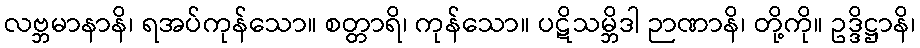
လဗ္ဘမာနာနိ၊ ရအပ်ကုန်သော။ စတ္တာရိ၊ ကုန်သော။ ပဋိသမ္ဘိဒါ ဉာဏာနိ၊ တို့ကို။ ဥဒ္ဒိဋ္ဌာနိ၊